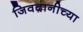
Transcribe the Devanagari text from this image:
जिवदानीच्या